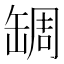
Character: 𦈺